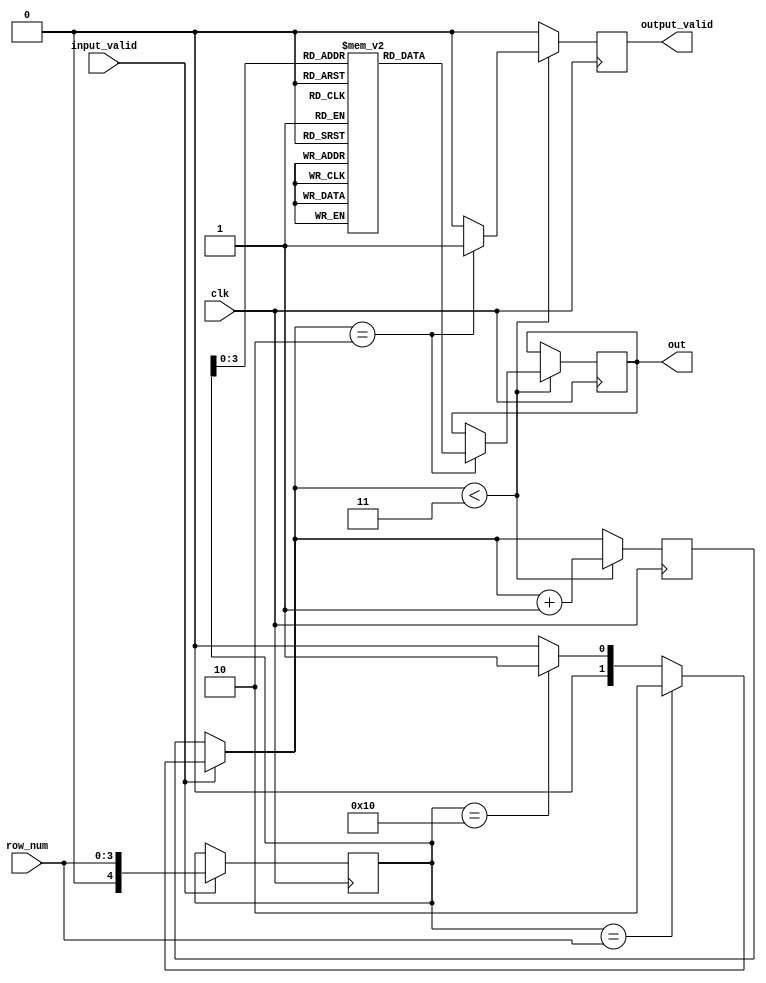
`define TICK #2 
module read(clk, row_num ,input_valid, output_valid,out);

    input [3:0] row_num;
    input input_valid;
    input clk;

    output reg [31:0] out;
    output reg output_valid ;

    reg [31:0] bank [15:0];
    reg [4:0]open_row;
    reg [1:0]counter;

    initial begin
        open_row = 16;
        counter = 3;
        output_valid = 0;

        bank[0] = 0;
        bank[1] = 1;
        bank[2] = 2;
        bank[3] = 3;
        bank[4] = 4;
        bank[5] = 5;
        bank[6] = 6;
        bank[7] = 7;
        bank[8] = 8;
        bank[9] = 9;
        bank[10] = 10;
        bank[11] = 11;
        bank[12] = 12;
        bank[13] = 13;
        bank[14] = 14;
        bank[15] = 15;
    end 

    always @(posedge clk) begin
        output_valid <=  0;

        if(input_valid == 1) begin
            if(open_row == row_num) begin
                counter = 2;
            end
            else if (open_row == 16) begin
                counter = 1;
            end 
            else begin
                counter = 0;   
            end
            open_row <= `TICK row_num;
        end
    
        if(counter < 3) begin 
            counter <= `TICK counter + 1;
            if(counter == 2) begin
               output_valid <= `TICK 1'b1;
               out <= `TICK  bank[open_row];
            end
        end
    end

endmodule